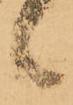
候